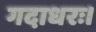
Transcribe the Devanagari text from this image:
गदाधरः।